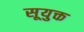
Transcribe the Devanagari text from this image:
सूयुक्त